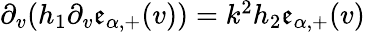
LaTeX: \begin{array}{r}{\partial_{v}(h_{1}\partial_{v}\mathfrak{e}_{\alpha,+}(v))=k^{2}h_{2}\mathfrak{e}_{\alpha,+}(v)}\end{array}